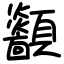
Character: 顲